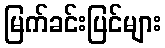
မြက်ခင်းပြင်များ